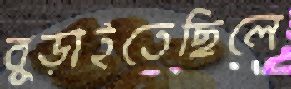
বুড়াইতেছিলে